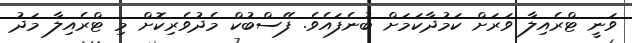
ވަނީ ޓްރެއިލާ ވަރަށް ކަމުދާކަމަށް ބުނެފައެވެ. ފޭސްބުކް މެދުވެރިކޮށް މި ޓްރެއިލާ މަދު